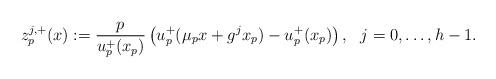
LaTeX: \begin{align*} z_{p}^{j,+}(x):=\frac{p}{u_{p}^+(x_{p})}\left( u_{p}^+(\mu_{p} x+g^jx_{p})-u_{p}^+(x_{p}) \right), \ \ j=0,\dots, h-1.\end{align*}